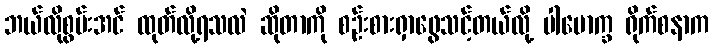
ဘယ်လိုစွမ်းအင် ထုတ်လို့ရသလဲ ဆိုတာကို စဉ်းစားရှာဖွေသင့်တယ်လို့ ပါမောက္ခ ရိုက်စနာက